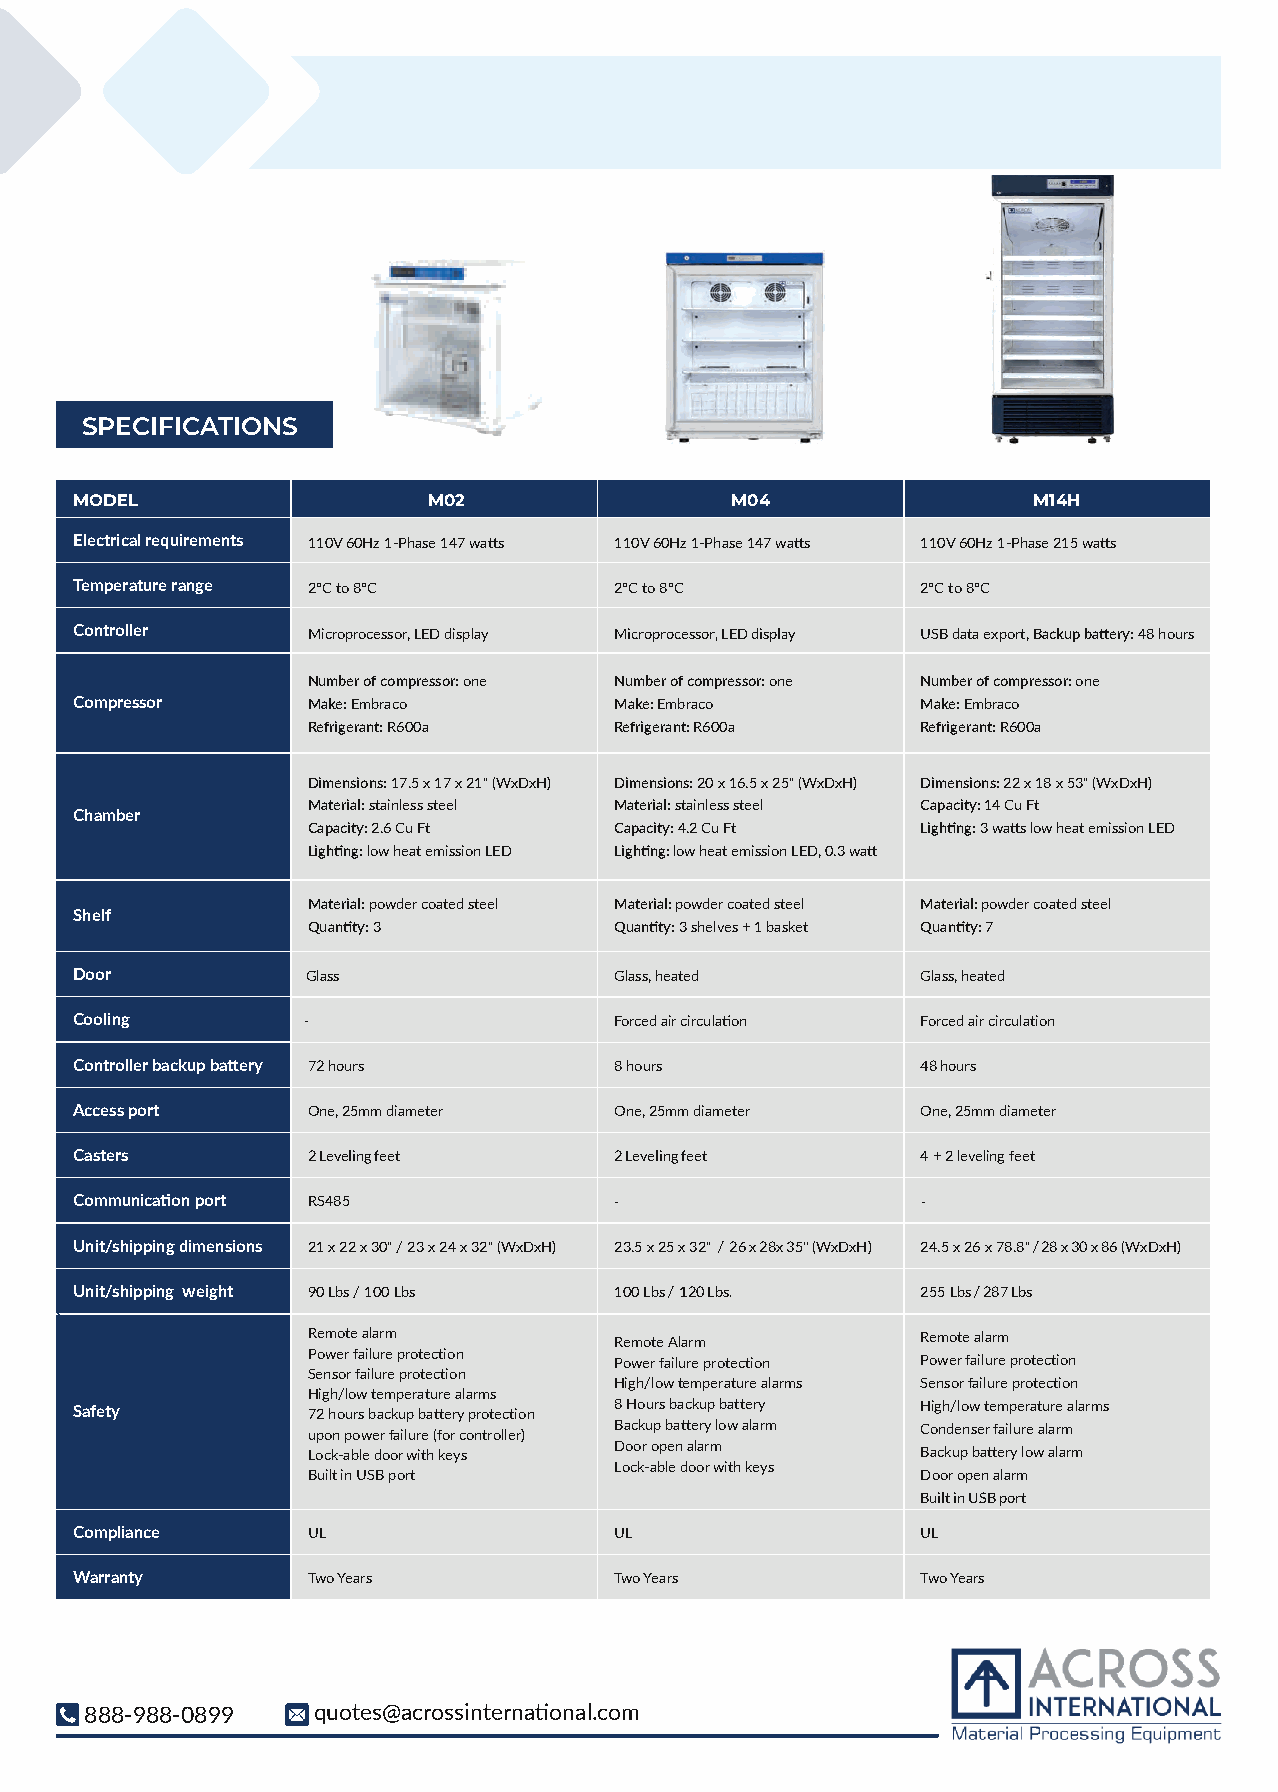
SPECIFICATIONS
 MODEL                  M02                 M04                 M14H
 Electrical requirements 110V 60Hz 1-Phase 147 watts 110V 60Hz 1-Phase 147 watts 110V 60Hz 1-Phase 215 watts
 Temperature range 2°C to 8°C        2°C to 8°C          2°C to 8°C
 Controller     Microprocessor, LED display Microprocessor, LED display USB data export, Backup battery: 48 hours
 Number of compressor: one Number of compressor: one Number of compressor: one
 Compressor     Make: Embraco        Make: Embraco       Make: Embraco
 Refrigerant: R600a   Refrigerant: R600a  Refrigerant: R600a
 Dimensions: 17.5 x 17 x 21" (WxDxH) Dimensions: 20 x 16.5 x 25" (WxDxH) Dimensions: 22 x 18 x 53" (WxDxH)
 Material: stainless steel Material: stainless steel Capacity: 14 Cu Ft
 Chamber
 Capacity: 2.6 Cu Ft  Capacity: 4.2 Cu Ft Lighting: 3 watts low heat emission LED
 Lighting: low heat emission LED Lighting: low heat emission LED, 0.3 watt
 Material: powder coated steel Material: powder coated steel Material: powder coated steel
 Shelf
 Quantity: 3          Quantity: 3 shelves + 1 basket Quantity: 7
 Door           Glass                Glass, heated       Glass, heated
 Cooling        -                    Forced air circulation Forced air circulation
 Controller backup battery 72 hours  8 hours             48 hours
 Access port    One, 25mm diameter   One, 25mm diameter  One, 25mm diameter
 Casters        2 Leveling feet      2 Leveling feet     4 + 2 leveling feet
 Communication port RS485            -                   -
 Unit/shipping dimensions 21 x 22 x 30" / 23 x 24 x 32" (WxDxH) 23.5 x 25 x 32" / 26 x 28x 35" (WxDxH) 24.5 x 26 x 78.8" / 28 x 30 x 86 (WxDxH)
 Unit/shipping weight 90 Lbs / 100 Lbs 100 Lbs / 120 Lbs. 255 Lbs / 287 Lbs
 Remote alarm         Remote Alarm        Remote alarm
 Power failure protection
 Power failure protection Power failure protection
 Sensor failure protection
 High/low temperature alarms Sensor failure protection
 High/low temperature alarms
 Safety         72 hours backup battery protection 8 Hours backup battery High/low temperature alarms
 upon power failure (for controller) Backup battery low alarm Condenser failure alarm
 Lock-able door with keys Door open alarm Backup battery low alarm
 Lock-able door with keys
 Built in USB port                        Door open alarm
 Built in USB port
 Compliance     UL                   UL                  UL
 Warranty       Two Years            Two Years           Two Years
 888-988-0899   quotes@acrossinternational.com